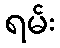
ရမ်း